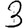
Digit: 3